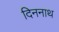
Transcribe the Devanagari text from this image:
दिननाथ